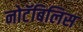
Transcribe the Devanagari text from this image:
नोटॅबिलिस